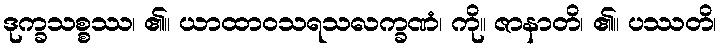
ဒုက္ခသစ္စဿ၊ ၏။ ယာထာဝသရသလက္ခဏံ၊ ကို။ ဇာနာတိ၊ ၏။ ပဿတိ၊